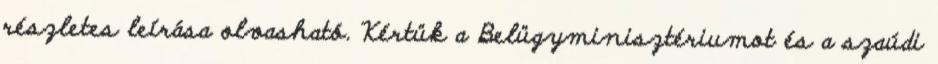
részletes leírása olvasható. Kértük a Belügyminisztériumot és a szaúdi